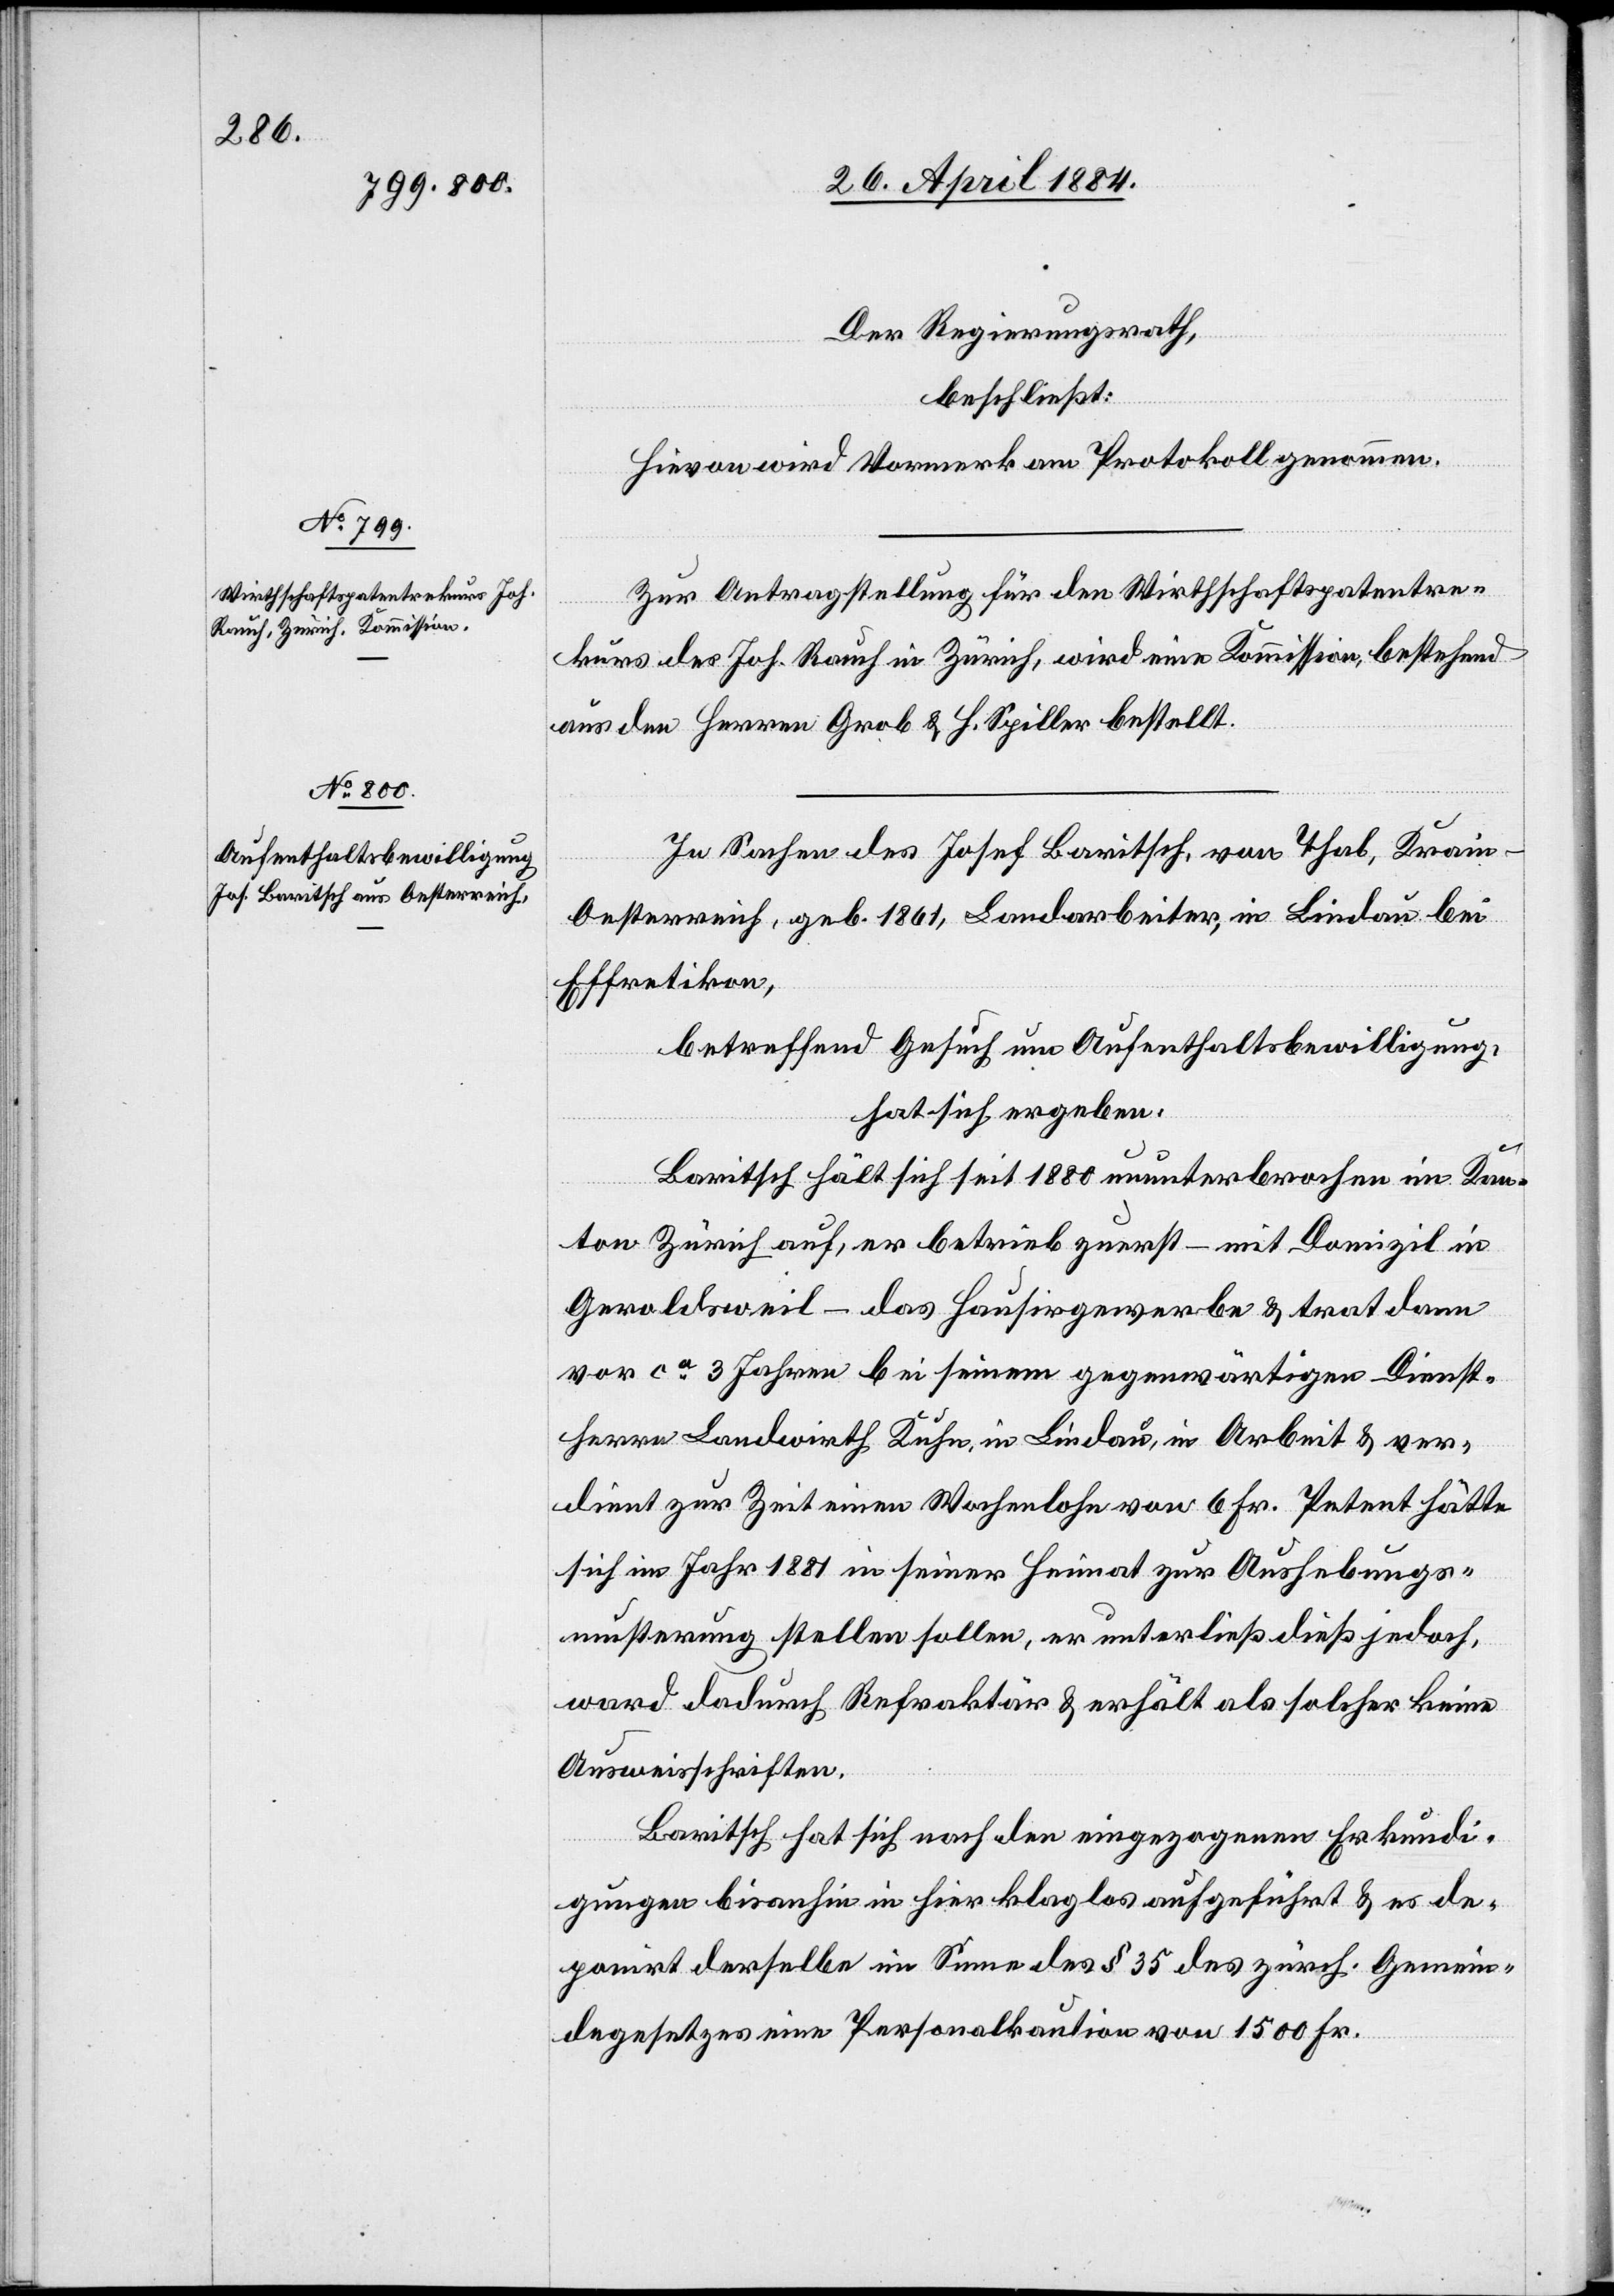
Der Regierungsrath,
beschließt:
Hievon wird Vormerk am Protokoll genommen.
Zur Antragstellung für den Wirthschaftspatentre¬
kurs des Joh. Rauch in Zürich, wird eine Kommission, bestehend
aus den Herren Grob & H. Spiller bestellt.
In Sachen des Josef Baritsch, von Thal, Krain -
Oesterreich, geb. 1861, Landarbeiter, in Lindau bei
Effretikon,
betreffend Gesuch um Aufenthaltsbewilligung,
hat sich ergeben:
Baritsch hält sich seit 1880 ununterbrochen im Kan¬
ton Zürich auf, er betrieb zuerst – mit Domizil in
Geroldsweil – das Hausirgewerbe & trat dann
vor ca 3 Jahren bei seinem gegenwärtigen Dienst¬
herren Landwirth Kuhn, in Lindau, in Arbeit & ver¬
dient zur Zeit einen Wochenlohn von 6 Fr. Petent hätte
sich im Jahr 1881 in seiner Heimat zur Aushebungs¬
musterung stellen sollen, er unterließ dieß jedoch,
ward dadurch Refraktär & erhält als solcher keine
Ausweisschriften.
Baritsch hat sich nach den eingegangenen Erkundi¬
gungen bisanhin in hier klaglos aufgeführt & es de¬
ponirt derselbe im Sinne des § 35 des zürch. Gemein¬
degesetzes eine Personalkaution von 1500 Fr.